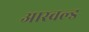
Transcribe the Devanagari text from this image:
आस्वल्ड